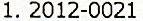
1. 2012-0021